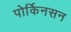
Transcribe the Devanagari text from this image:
पोर्किनसन